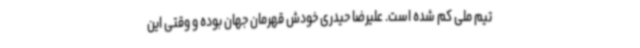
تیم ملی کم شده است. علیرضا حیدری خودش قهرمان جهان بوده و وقتی این